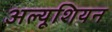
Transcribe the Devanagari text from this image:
अल्यूशियन